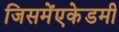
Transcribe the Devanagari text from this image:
जिसमेंएकेडमी